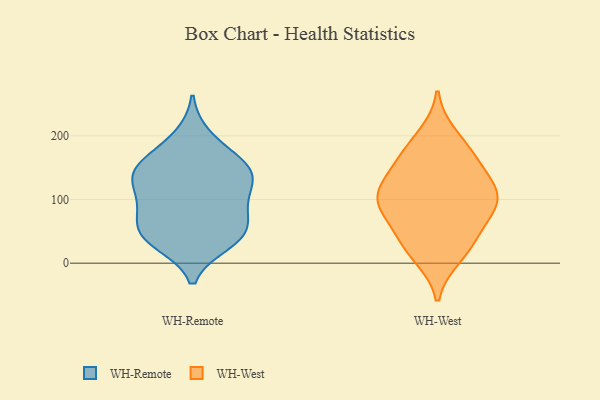
{"axis": {"x": "LTV (USD)", "y": "Value"}, "legend": ["WH-Remote", "WH-West"], "data": [{"x": "", "y": 153, "type": "WH-Remote"}, {"x": "", "y": 199, "type": "WH-Remote"}, {"x": "", "y": 39, "type": "WH-Remote"}, {"x": "", "y": 56, "type": "WH-Remote"}, {"x": "", "y": 46, "type": "WH-Remote"}, {"x": "", "y": 41, "type": "WH-Remote"}, {"x": "", "y": 141, "type": "WH-Remote"}, {"x": "", "y": 90, "type": "WH-Remote"}, {"x": "", "y": 141, "type": "WH-Remote"}, {"x": "", "y": 76, "type": "WH-Remote"}, {"x": "", "y": 171, "type": "WH-Remote"}, {"x": "", "y": 143, "type": "WH-Remote"}, {"x": "", "y": 113, "type": "WH-Remote"}, {"x": "", "y": 95, "type": "WH-Remote"}, {"x": "", "y": 135, "type": "WH-Remote"}, {"x": "", "y": 32, "type": "WH-Remote"}, {"x": "", "y": 107, "type": "WH-West"}, {"x": "", "y": 52, "type": "WH-West"}, {"x": "", "y": 165, "type": "WH-West"}, {"x": "", "y": 200, "type": "WH-West"}, {"x": "", "y": 100, "type": "WH-West"}, {"x": "", "y": 101, "type": "WH-West"}, {"x": "", "y": 107, "type": "WH-West"}, {"x": "", "y": 149, "type": "WH-West"}, {"x": "", "y": 78, "type": "WH-West"}, {"x": "", "y": 21, "type": "WH-West"}, {"x": "", "y": 92, "type": "WH-West"}, {"x": "", "y": 11, "type": "WH-West"}, {"x": "", "y": 132, "type": "WH-West"}, {"x": "", "y": 37, "type": "WH-West"}, {"x": "", "y": 176, "type": "WH-West"}]}